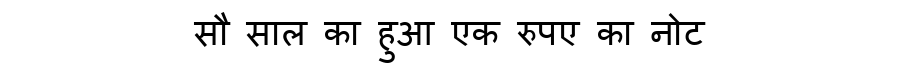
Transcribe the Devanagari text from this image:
सौ साल का हुआ एक रुपए का नोट